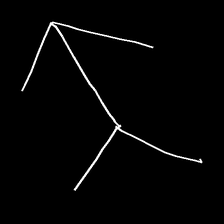
Glyph: gather